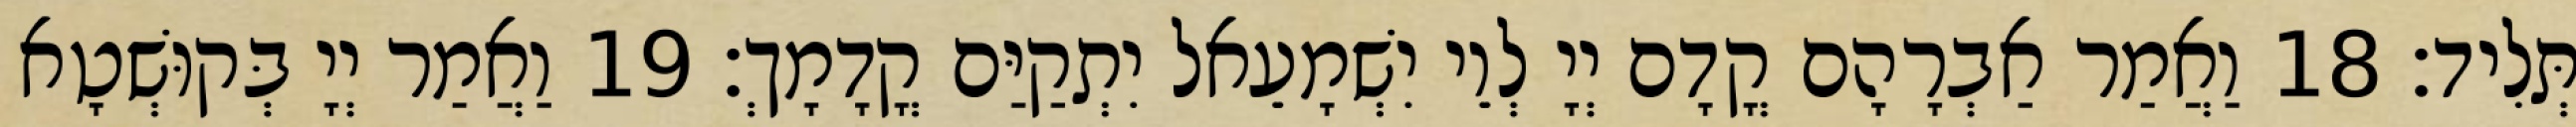
תְּלִיד׃ 18 וַאֲמַר אַבְרָהָם קֳדָם יְיָ לְוֵי יִשְׁמָעֵאל יִתְקַיַּם קֳדָמָךְ׃ 19 וַאֲמַר יְיָ בְּקוּשְׁטָא